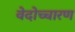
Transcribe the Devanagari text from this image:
वेदोच्चारण